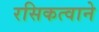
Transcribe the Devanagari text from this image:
रसिकत्वाने